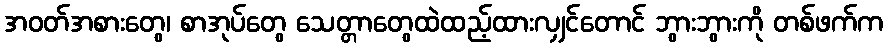
အဝတ်အစားတွေ၊ စာအုပ်တွေ သေတ္တာတွေထဲထည့်ထားလျှင်တောင် ဘွားဘွားကို တစ်ဖက်က